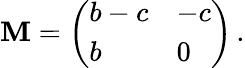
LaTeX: \mathbf{M}=\left(\begin{array}{ll}{b-c}&{-c}\\ {b}&{0}\end{array}\right)\, .